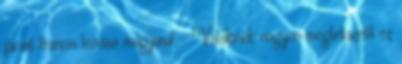
jácint francia leírása magyarul - Valakinek nagyon megtetszett ez